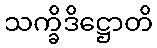
သက္ခိဒိဋ္ဌောတိ